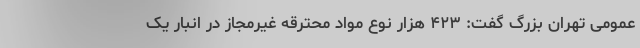
عمومی تهران بزرگ گفت: ۴۲۳ هزار نوع مواد محترقه غیرمجاز در انبار یک